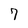
Character: 7